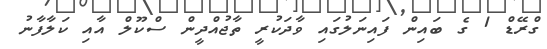
ގްރޭޑް 1 ގެ ބައިން ފައިނަލުގައި ވާދަކުރީ ތާޖުއްދީން ސްކޫލް އާއި ކަލާފާނު